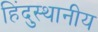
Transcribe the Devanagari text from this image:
हिंदुस्थानीय